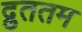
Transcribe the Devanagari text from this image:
द्रुततम